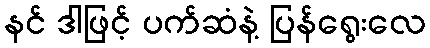
နင် ဒါဖြင့် ပက်ဆံနဲ့ ပြန်ရွေးလေ